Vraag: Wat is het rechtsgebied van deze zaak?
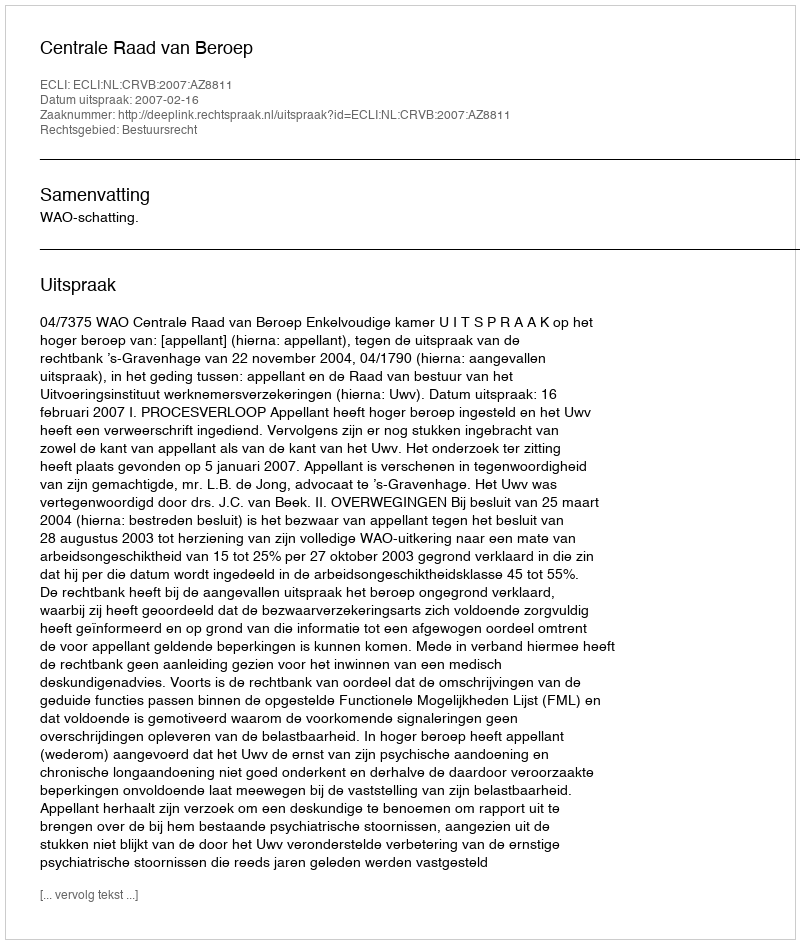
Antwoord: Bestuursrecht